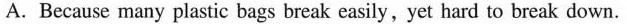
A. Because many plastic bags break easily , yet hard to break down.